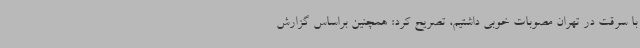
با سرقت‌ در تهران مصوبات خوبی داشتیم، تصریح کرد: همچنین براساس گزارش